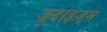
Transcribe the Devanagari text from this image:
जूदाइज़्म